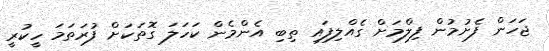
ޖަހަން ފެށުމުން ފިލްމަށް ގެއްލިފައި ތިބި އެންމެން ކަހަލަ ގޮތަކަށް ފުރަތަމަ ހީކުރީ